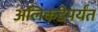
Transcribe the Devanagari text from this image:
अलिकडेपर्यंत